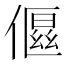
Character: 𬿤